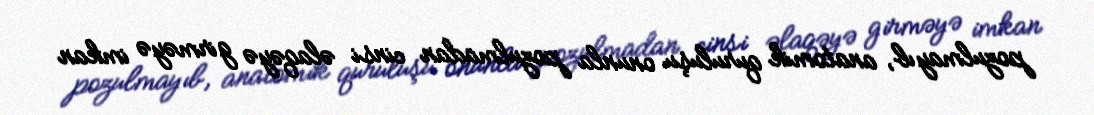
pozulmayıb, anatomik quruluşu onunla pozulmadan cinsi əlaqəyə girməyə imkan